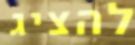
להציג